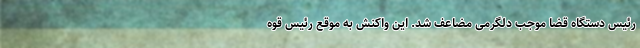
رئیس دستگاه قضا موجب دلگرمی مضاعف شد. این واکنشِ به موقعِ رئیس قوه